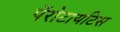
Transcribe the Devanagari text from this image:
पॅरोटायटिस